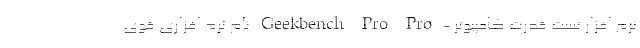
نرم افزار تست قدرت کامپیوتر - Geekbench Pro Pro نام نرم افزاری قوی